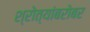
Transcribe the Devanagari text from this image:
श्रोत्यांबरोबर